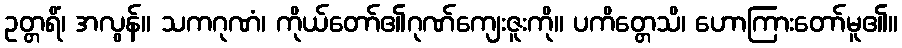
ဥတ္တရိံ၊ အလွန်။ သကဂုဏံ၊ ကိုယ်တော်၏ဂုဏ်ကျေးဇူးကို။ ပကိတ္တေသိ၊ ဟောကြားတော်မူ၏။